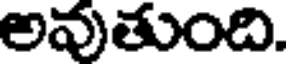
అవుతుంది.